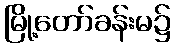
မြို့တော်ခန်းမ၌